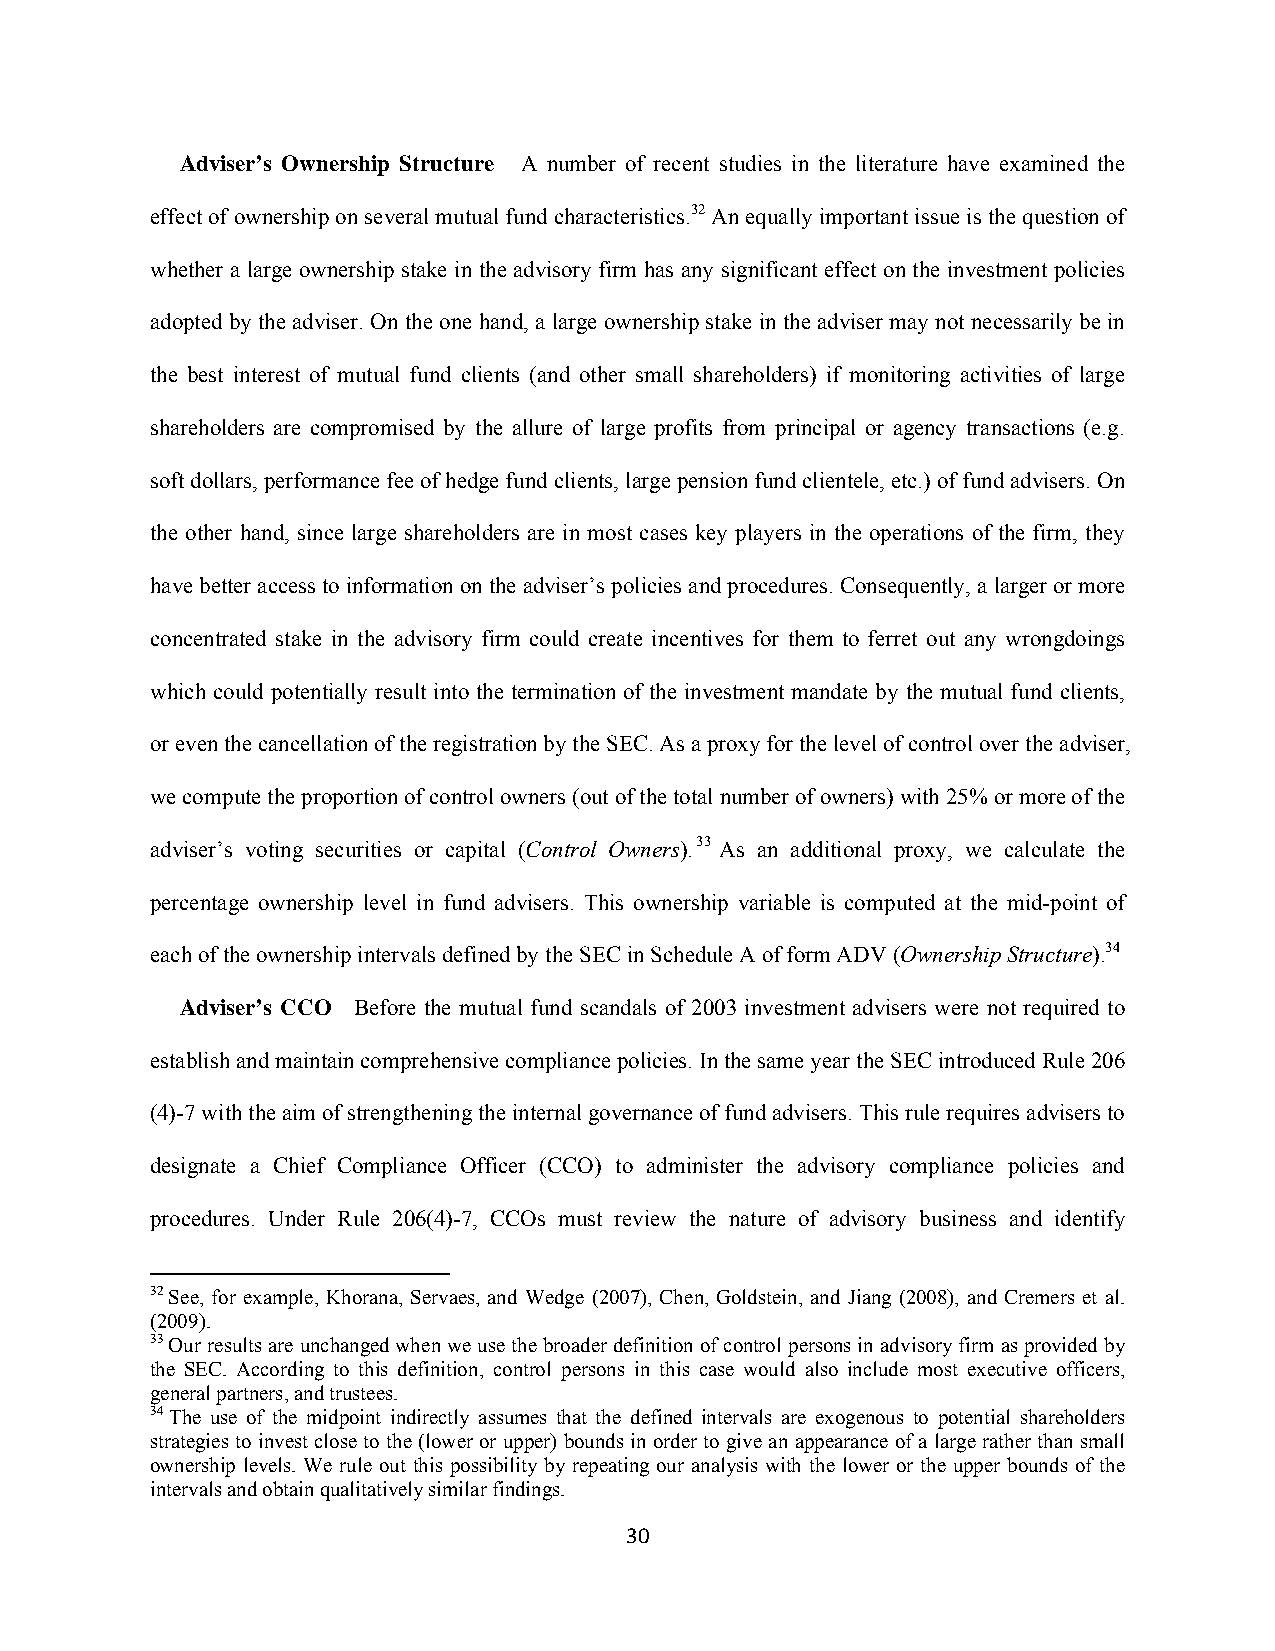
Adviser’s Ownership Structure A number of recent studies in the literature have examined the
 effect of ownership on several mutual fund characteristics.32 An equally important issue is the question of
 whether a large ownership stake in the advisory firm has any significant effect on the investment policies
 adopted by the adviser. On the one hand, a large ownership stake in the adviser may not necessarily be in
 the best interest of mutual fund clients (and other small shareholders) if monitoring activities of large
 shareholders are compromised by the allure of large profits from principal or agency transactions (e.g.
 soft dollars, performance fee of hedge fund clients, large pension fund clientele, etc.) of fund advisers. On
 the other hand, since large shareholders are in most cases key players in the operations of the firm, they
 have better access to information on the adviser’s policies and procedures. Consequently, a larger or more
 concentrated stake in the advisory firm could create incentives for them to ferret out any wrongdoings
 which could potentially result into the termination of the investment mandate by the mutual fund clients,
 or even the cancellation of the registration by the SEC. As a proxy for the level of control over the adviser,
 we compute the proportion of control owners (out of the total number of owners) with 25% or more of the
 adviser’s voting securities or capital (Control Owners).33 As an additional proxy, we calculate the
 percentage ownership level in fund advisers. This ownership variable is computed at the mid-point of
 each of the ownership intervals defined by the SEC in Schedule A of form ADV (Ownership Structure).34
 Adviser’s CCO Before the mutual fund scandals of 2003 investment advisers were not required to
 establish and maintain comprehensive compliance policies. In the same year the SEC introduced Rule 206
 (4)-7 with the aim of strengthening the internal governance of fund advisers. This rule requires advisers to
 designate a Chief Compliance Officer (CCO) to administer the advisory compliance policies and
 procedures. Under Rule 206(4)-7, CCOs must review the nature of advisory business and identify
 32 See, for example, Khorana, Servaes, and Wedge (2007), Chen, Goldstein, and Jiang (2008), and Cremers et al.
 (2009).
 33 Our results are unchanged when we use the broader definition of control persons in advisory firm as provided by
 the SEC. According to this definition, control persons in this case would also include most executive officers,
 general partners, and trustees.
 34 The use of the midpoint indirectly assumes that the defined intervals are exogenous to potential shareholders
 strategies to invest close to the (lower or upper) bounds in order to give an appearance of a large rather than small
 ownership levels. We rule out this possibility by repeating our analysis with the lower or the upper bounds of the
 intervals and obtain qualitatively similar findings.
 30